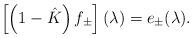
LaTeX: \begin{align*}\left[\left(1-\hat K\right)f_\pm\right](\lambda)=e_\pm(\lambda).\end{align*}